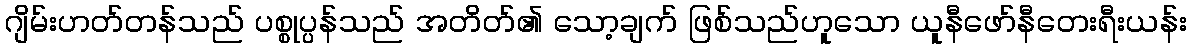
ဂျိမ်းဟတ်တန်သည် ပစ္စုပ္ပန်သည် အတိတ်၏ သော့ချက် ဖြစ်သည်ဟူသော ယူနီဖော်နီတေးရီးယန်း